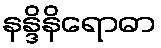
နန္ဒိနိရောဓာ